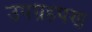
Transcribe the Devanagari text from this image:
उपग्रहपण